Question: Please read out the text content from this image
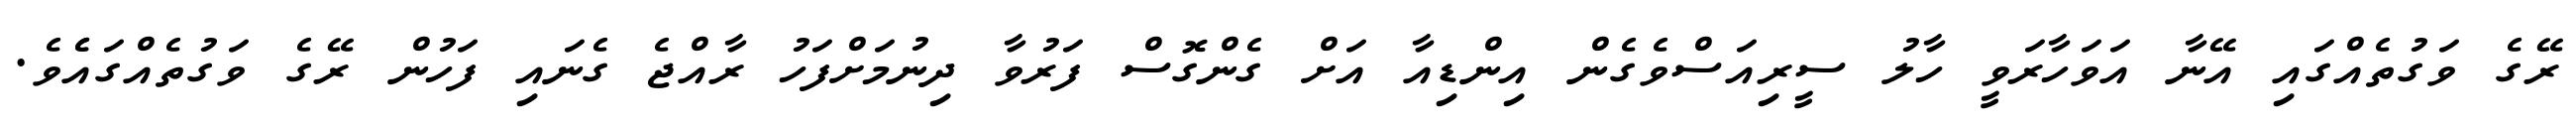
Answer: ރޭގެ ވަގުތެއްގައި އޭނާ އަވަހާރަވީ ހާލު ސީރިއަސްވެގެން އިންޑިއާ އަށް ގެންގޮސް ފަރުވާ ދިނުމަށްފަހު ރާއްޖެ ގެނައި ފަހުން ރޭގެ ވަގުތެއްގައެެވެ.